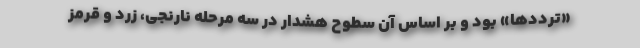
«ترددها» بود و بر اساس آن سطوح هشدار در سه مرحله نارنجی، زرد و قرمز